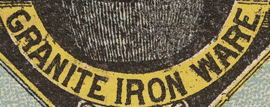
GRANITE IRON WARE